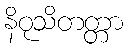
နိဝုသိတတ္တာ